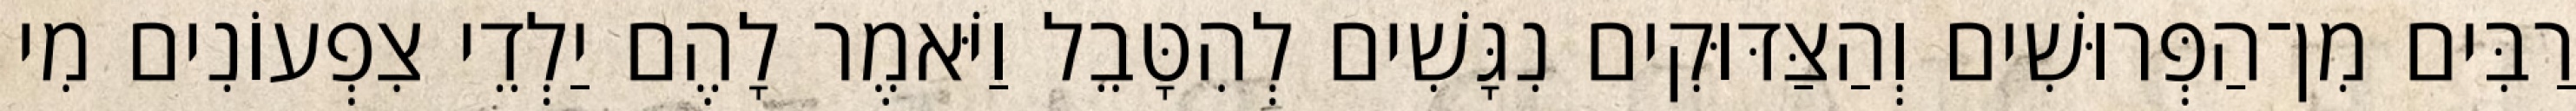
רַבִּים מִן־הַפְּרוּשִׁים וְהַצַּדּוּקִים נִגָּשִׁים לְהִטָּבֵל וַיֹּאמֶר לָהֶם יַלְדֵי צִפְעוֹנִים מִי